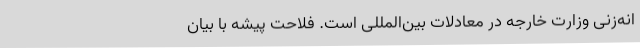
انه‌زنی وزارت خارجه در معادلات بین‌المللی است. فلاحت پیشه با بیان